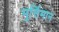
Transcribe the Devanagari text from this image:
मूर्त्तिमान